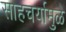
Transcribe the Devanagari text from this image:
साहचर्यामुळे